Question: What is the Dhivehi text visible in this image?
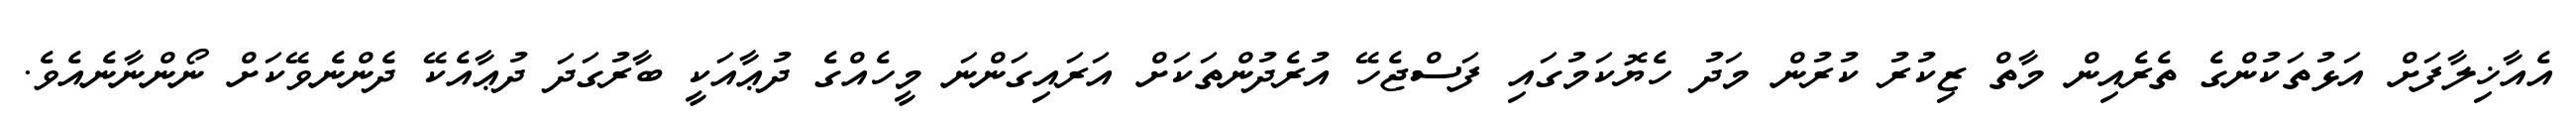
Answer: އެއާޚިލާފަށް އަޅުތަކުންގެ ތެރެއިން މާތް ޒިކުރު ކުރުން މަދު ހެޔޮކަމުގައި ފަސްޖެހޭ އުރެދުންތަކަށް އަރައިގަންނަ މީހެއްގެ ދުޢާއަކީ ބާރުގަދަ ދުޢާއެކޭ ދެންނެވޭކަށް ނޯންނާނެއެވެ.